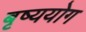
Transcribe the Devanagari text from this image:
बृष्ययोग